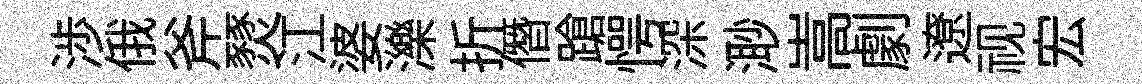
渉俄斧燹江婆濼折僭蹌愕深𣺌嵩劇遼视宏